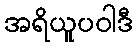
အရိယူပဝါဒီ